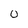
Character: 0